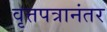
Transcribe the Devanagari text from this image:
वृत्तपत्रानंतर